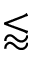
\lessapprox